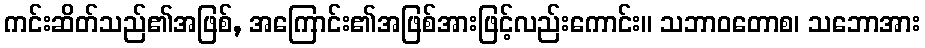
ကင်းဆိတ်သည်၏အဖြစ်, အကြောင်း၏အဖြစ်အားဖြင့်လည်းကောင်း။ သဘာဝတောစ၊ သဘောအား